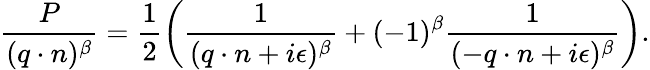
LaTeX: \frac{P}{(q\cdot n)^{\beta}}=\frac{1}{2}\left(\frac{1}{(q\cdot n+i\epsilon)^{\beta}}+(-1)^{\beta}\frac{1}{(-q\cdot n+i\epsilon)^{\beta}}\right).